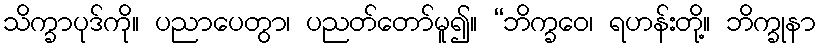
သိက္ခာပုဒ်ကို။ ပညာပေတွာ၊ ပညတ်တော်မူ၍။ “ဘိက္ခဝေ၊ ရဟန်းတို့။ ဘိက္ခုနာ